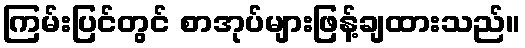
ကြမ်းပြင်တွင် စာအုပ်များဖြန့်ချထားသည်။